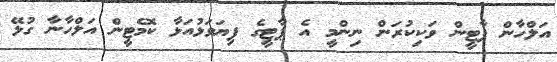
އަލްހާން ޕާޓީން ވަކިކުރަން ނިންމީ އެ ޕާޓީގެ ފިޔަވަޅުއަޅާ ކޮމެޓީން އަލްހާނާ ގުޅޭ